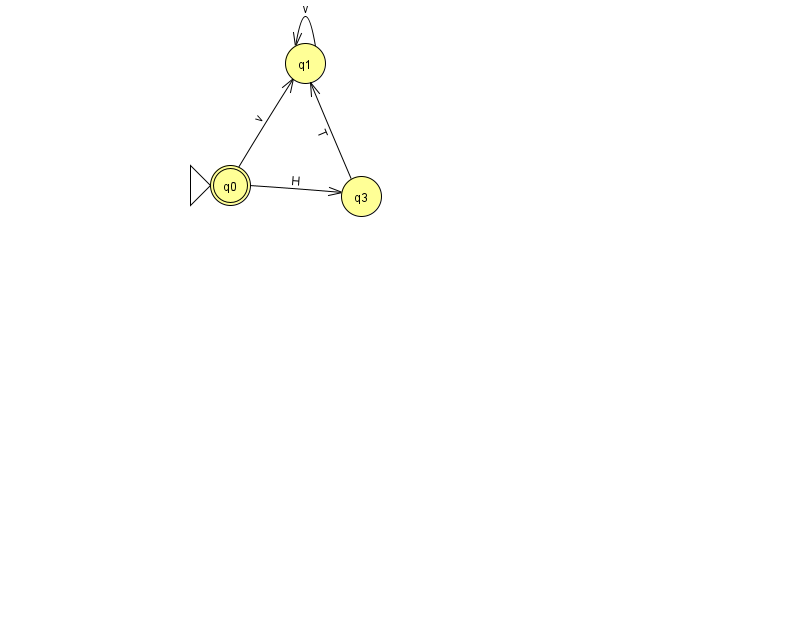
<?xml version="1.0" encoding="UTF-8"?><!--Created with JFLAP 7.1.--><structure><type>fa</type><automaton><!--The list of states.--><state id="0" name="q0"><x>230.0</x><y>172.0</y><initial/><final/></state><state id="1" name="q1"><x>305.0</x><y>50.0</y></state><state id="3" name="q3"><x>361.0</x><y>183.0</y></state><!--The list of transitions.--><transition><from>0</from><to>1</to><read>v</read></transition><transition><from>0</from><to>3</to><read>H</read></transition><transition><from>1</from><to>1</to><read>v</read></transition><transition><from>3</from><to>1</to><read>T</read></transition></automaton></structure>